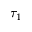
\tau _ { 1 }